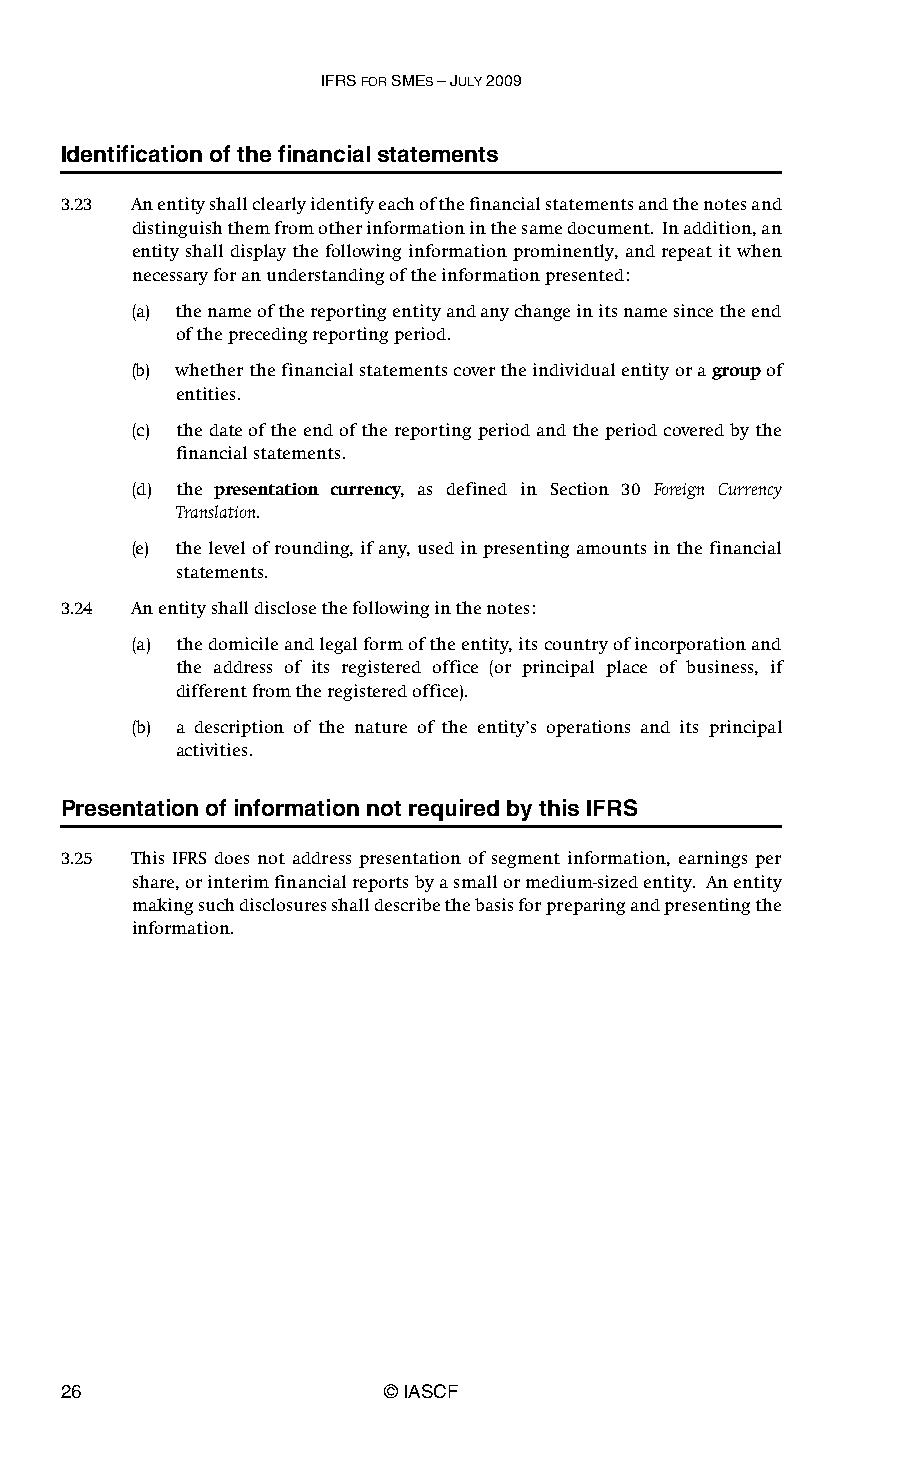
IFRS FOR SMES – JULY 2009
 Identification of the financial statements
 3.23 An entity shall clearly identify each of the financial statements and the notes and
 distinguish them from other information in the same document. In addition, an
 entity shall display the following information prominently, and repeat it when
 necessary for an understanding of the information presented:
 (a) the name of the reporting entity and any change in its name since the end
 of the preceding reporting period.
 (b) whether the financial statements cover the individual entity or a group of
 entities.
 (c) the date of the end of the reporting period and the period covered by the
 financial statements.
 (d) the presentation currency, as defined in Section 30 Foreign Currency
 Translation.
 (e) the level of rounding, if any, used in presenting amounts in the financial
 statements.
 3.24 An entity shall disclose the following in the notes:
 (a) the domicile and legal form of the entity, its country of incorporation and
 the address of its registered office (or principal place of business, if
 different from the registered office).
 (b) a description of the nature of the entity’s operations and its principal
 activities.
 Presentation of information not required by this IFRS
 3.25 This IFRS does not address presentation of segment information, earnings per
 share, or interim financial reports by a small or medium-sized entity. An entity
 making such disclosures shall describe the basis for preparing and presenting the
 information.
 26                    © IASCF